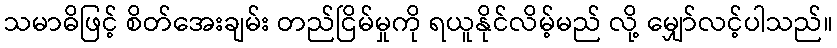
သမာဓိဖြင့် စိတ်အေးချမ်း တည်ငြိမ်မှုကို ရယူနိုင်လိမ့်မည် လို့ မျှော်လင့်ပါသည်။